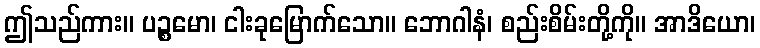
ဤသည်ကား။ ပဉ္စမော၊ ငါးခုမြောက်သော။ ဘောဂါနံ၊ စည်းစိမ်းတို့ကို။ အာဒိယော၊